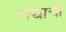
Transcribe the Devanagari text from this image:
गद्याची